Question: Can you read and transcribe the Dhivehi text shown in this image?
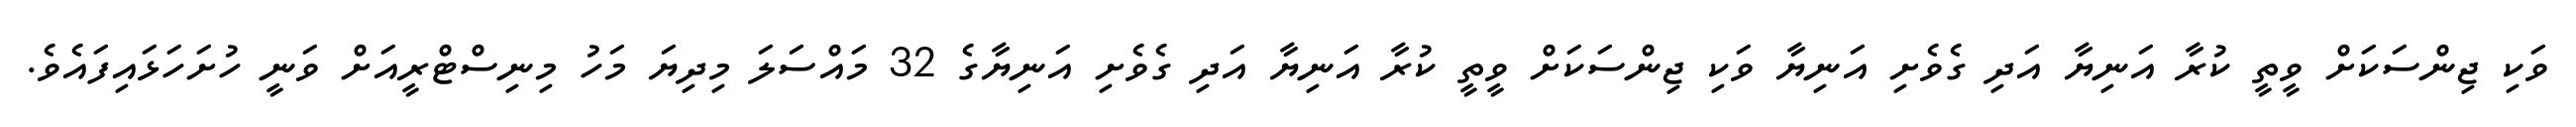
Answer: ވަކި ޖިންސަކަށް ވީތީ ކުރާ އަނިޔާ އަދި ގެވެށި އަނިޔާ ވަކި ޖިންސަކަށް ވީތީ ކުރާ އަނިޔާ އަދި ގެވެށި އަނިޔާގެ 32 މައްސަލަ މިދިޔަ މަހު މިނިސްޓްރީއަށް ވަނީ ހުށަހަޅައިފައެވެ.